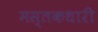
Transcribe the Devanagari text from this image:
मस्तकधारी